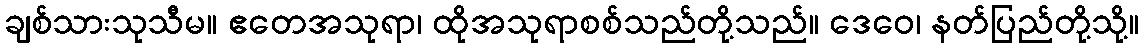
ချစ်သားသုသီမ။ ဧတေအသုရာ၊ ထိုအသုရာစစ်သည်တို့သည်။ ဒေဝေ၊ နတ်ပြည်တို့သို့။